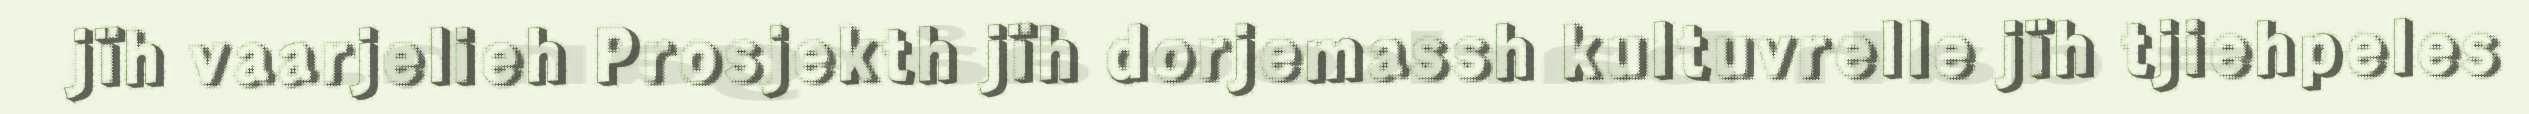
jïh vaarjelieh Prosjekth jïh dorjemassh kultuvrelle jïh tjiehpeles